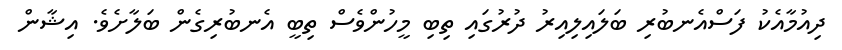
ދިއުމާއެކު ފަސްއެނބުރި ބަލައިލިއިރު ދުރުގައި ތިބި މީހުންވެސް ތިބީ އެނބުރިގެން ބަލާށެވެ. އިޝާން